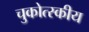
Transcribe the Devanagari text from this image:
चुकोत्स्कीय